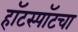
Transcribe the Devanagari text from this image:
हॉटस्पॉटचा